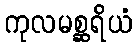
ကုလမစ္ဆရိယံ